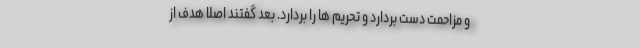
و مزاحمت دست بردارد و تحریم ها را بردارد. بعد گفتند اصلاً هدف از